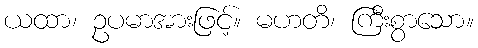
ယထာ၊ ဥပမာအားဖြင့်။ မဟတိ၊ ကြီးစွာသော။